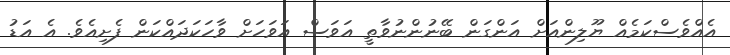
އެއްވެސްކަމެއް ޔޫލިންއަށް އަންގަން ބޭނުންނުވާތީ އަވަސް އަވަހަށް ވާހަކަދައްކަން ފެށިއެވެ. އެ އަޑު